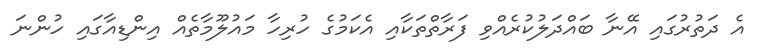
އެ ދަތުރުގައި އޭނާ ބައްދަލުކުރެއްވި ފަރާތްތަކާއި އެކަމުގެ ހުރިހާ މައުލޫމާތެއް އިންޑިއާގައި ހުންނަ